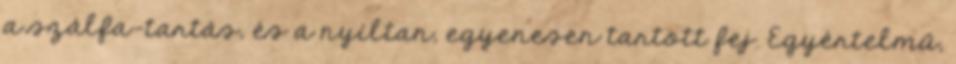
a szálfa-tartás, és a nyíltan, egyenesen tartott fej. Egyértelmű,